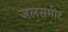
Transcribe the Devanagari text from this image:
जलसमीर